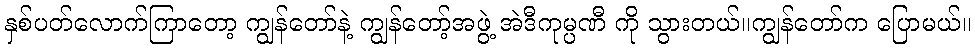
နှစ်ပတ်လောက်ကြာတော့ ကျွန်တော်နဲ့ ကျွန်တော့်အဖွဲ့ အဲဒီကုမ္ပဏီ ကို သွားတယ်။ကျွန်တော်က ပြောမယ်။